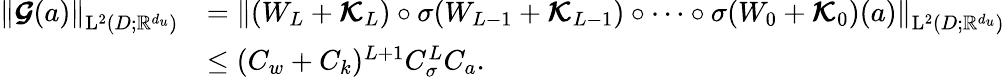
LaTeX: \begin{array}{rl}{\left\| \boldsymbol{\mathcal{G}}(a)\right\| _{\mathrm{L}^{2}(D;\mathbb{R}^{d_{u}})}}&{=\left\| (W_{L}+\boldsymbol{\mathcal{K}}_{L})\circ\sigma(W_{L-1}+\boldsymbol{\mathcal{K}}_{L-1})\circ\cdots\circ\sigma(W_{0}+\boldsymbol{\mathcal{K}}_{0})(a)\right\| _{\mathrm{L}^{2}(D;\mathbb{R}^{d_{u}})}}\\ &{\leq(C_{w}+C_{k})^{L+1}C_{\sigma}^{L}C_{a}.}\end{array}